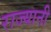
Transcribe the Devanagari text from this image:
राज्यानी